Calcutta medical institutions reports 1871-78
Year: 1871
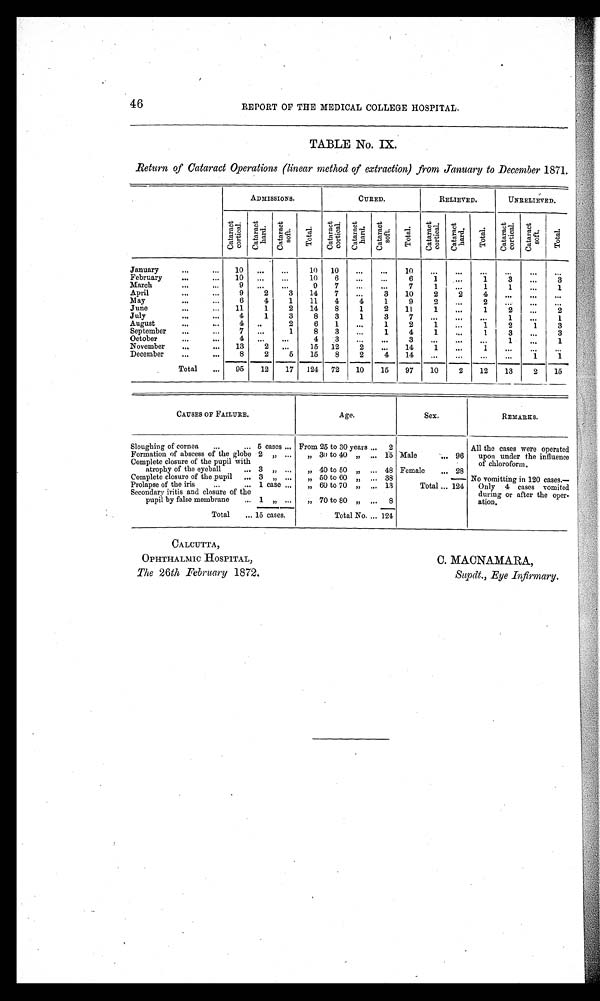
CALCUTTA,
OPHTHALMIC HOSPITAL,
The 26th February 1872.
C. MACNAMARA,
Supdt., Eye Infirmary.
46
REPORT OF THE MEDICAL COLLEGE HOSPITAL.
TABLE No. IX.
Return of Cataract Operations (linear method of extraction) from January to December 1871.
ADMISSIONS.
CURED.
RELIEVED.
UNRELIEVED.
C a t a r a c t c o r t i c a l . Cat ar act har d. Ca t a r a c t s o f t .
Total .
Ca t a r a c t c o r t i c a l . C a t a r a c t h a r d .
C a t a r a c t s o f t .
Tot al . C a t a r a c t c o r t i c a l .
Cat ar act har d. Tot al .
C a t a r a c t c o r t i c a l . C a t a r a c t s o f t .
Tot al .
January
...
...
10 ...
...
10 10
...
...
1 0
...
...
...
...
. . .
. . .
February
. . .
...
10 ...
. . .
10
6
...
...
6
1
. . .
1
3
...
3
March
...
. . . 9 ...
...
9
7
...
. . .
7
1
...
1
1
...
1
April
...
...
9
2
3
14
7
...
3
10
2
2
4
...
. . . ...
May
...
...
6
4
1
11
4
4
1
9
2
...
2
...
...
...
June
...
...
11
1
2
14
8
1
2
11
1
. . .
1
2
...
2
July
...
. . . 4
1
3
8
3
1
3
7
...
. . .
...
1
...
1
August
. . .
. . . 4 ..
2
6
1
...
1
2
1
. . .
1
2
1
3
September
...
. . . 7
. . .
1
8
3
. . .
1
4
1
...
1
3
...
3
October
...
...
4 ...
...
4
3
...
...
3
...
...
. . .
1
. . .
1
November
...
. . . 13
2
. . .
15 12
2
...
14
1
...
1
...
...
...
December
...
. . .
8
2
5
15
8
2
4
14
...
...
...
...
1
1
Total
...
95
12
17 124 72
10
15
97
10
2
12
13
2
15
CAUSES OF FAILURE.
Age.
Sex.
REMARKS.
Sloughing of cornea
...
... 5 cases ... From 25 to 30 years ... 2
All the cases were operated
upon under the influence
of chloroform.
Formation of abscess of the globe 2 „ ...
„ 30 to 40 „ ... 15 Male
... 96
Complete closure of the pupil with
atrophy of the eyeball
... 3 „
. . . „ 40 to 50 „ ... 48 Female
... 28
Complete closure of the pupil ... 3 „ ...
„ 50 to 60 „ ... 38
No vomitting in 120 cases.—
Only 4 cases vomited
during or after the oper-
ation.
Prolapse of the iris
...
... 1 case ...
„ 60 to 70 „ ... 13
Total ... 124
Secondary iritis and closure of the
pupil by false membrane
... 1 „ ...
„ 70 to 80 „
. . . 8
Total
... 15 cases.
Total No. ...
1 2 4